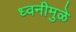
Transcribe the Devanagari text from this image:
ध्वनीमुळे